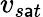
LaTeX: v_{s\mathsf{a}t}